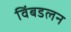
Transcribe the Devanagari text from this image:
विंबडलन